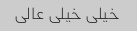
خیلی خیلی عالی